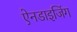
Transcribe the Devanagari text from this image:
ऐनडाइजिंग